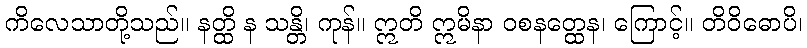
ကိလေသာတို့သည်။ နတ္ထိ န သန္တိ၊ ကုန်။ ဣတိ ဣမိနာ ဝစနတ္ထေန၊ ကြောင့်။ တိဝိဓောပိ၊